Report of the Indian Hemp Drugs Commission, 1894-1895 - Volume I
Year: 1894
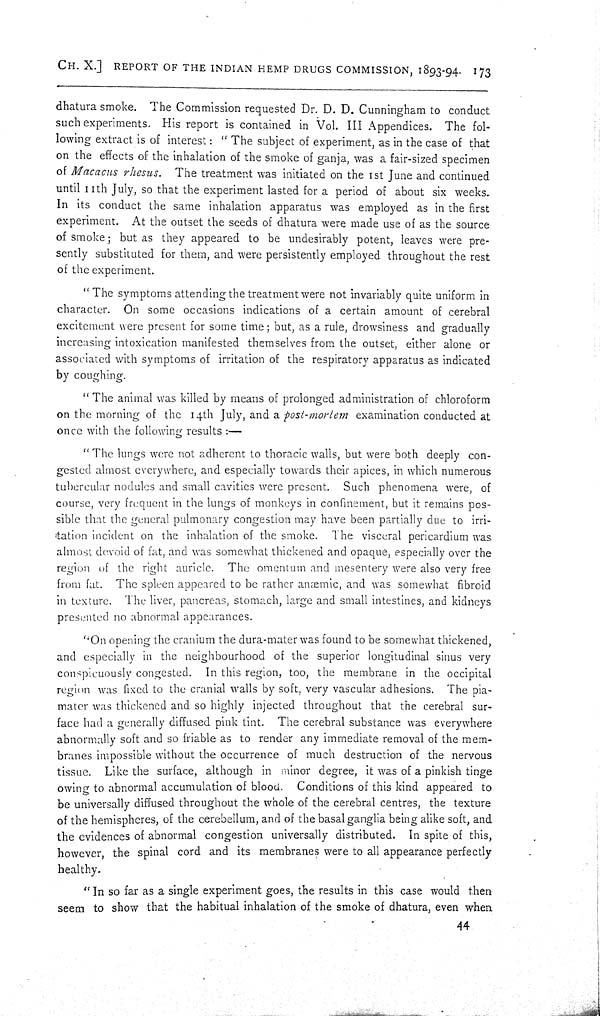
CH. X.] REPORT OF THE INDIAN HEMP DRUGS COMMISSION, 1893-94. 173
dhatura smoke. The Commission requested Dr. D. D. Cunningham to conduct
such experiments. His report is contained in Vol. III Appendices. The fol-
lowing extract is of interest: "The subject of experiment, as in the case of that
on the effects of the inhalation of the smoke of ganja, was a fair-sized specimen
of Macacus rhesus. The treatment was initiated on the 1st June and continued
until 11th July, so that the experiment lasted for a period of about six weeks.
In its conduct the same inhalation apparatus was employed as in the first
experiment. At the outset the seeds of dhatura were made use of as the source
of smoke; but as they appeared to be undesirably potent, leaves were pre-
sently substituted for them, and were persistently employed throughout the rest
of the experiment.
"The symptoms attending the treatment were not invariably quite uniform in
character. On some occasions indications of a certain amount of cerebral
excitement were present for some time; but, as a rule, drowsiness and gradually
increasing intoxication manifested themselves from the outset, either alone or
associated with symptoms of irritation of the respiratory apparatus as indicated
by coughing.
"The animal was killed by means of prolonged administration of chloroform
on the morning of the 14th July, and a post-mortem examination conducted at
once with the following results:—
"The lungs wore not adherent to thoracic walls, but were both deeply con-
gested almost everywhere, and especially towards their apices, in which numerous
tubercular nodules and small cavities were present. Such phenomena were, of
course, very frequent in the lungs of monkeys in confinement, but it remains pos-
sible that the general pulmonary congestion may have been partially due to irri-
gation incident on the inhalation of the smoke. The visceral pericardium was
almost devoid of fat, and was somewhat thickened and opaque, especially over the
region of the right auricle. The omentum and mesentery were also very free
from fat. The spleen appeared to be rather anaemic, and was somewhat fibroid
in texture. The liver, pancreas, stomach, large and small intestines, and kidneys
presented no abnormal appearances.
"On opening the cranium the dura-mater was found to be somewhat thickened,
and especially in the neighbourhood of the superior longitudinal sinus very
conspicuously congested. In this region, too, the membrane in the occipital
region was fixed to the cranial walls by soft, very vascular adhesions. The pia-
mater was thickened and so highly injected throughout that the cerebral sur-
face had a generally diffused pink tint. The cerebral substance was everywhere
abnormally soft and so friable as to render any immediate removal of the mem-
branes impossible without the occurrence of much destruction of the nervous
tissue. Like the surface, although in minor degree, it was of a pinkish tinge
owing to abnormal accumulation of blood. Conditions of this kind appeared to
be universally diffused throughout the whole of the cerebral centres, the texture
of the hemispheres, of the cerebellum, and of the basal ganglia being alike soft, and
the evidences of abnormal congestion universally distributed. In spite of this,
however, the spinal cord and its membranes were to all appearance perfectly
healthy.
"In so far as a single experiment goes, the results in this case would then
seem to show that the habitual inhalation of the smoke of dhatura, even when
44